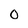
Character: o